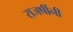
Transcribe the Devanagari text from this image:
राजर्षीनी